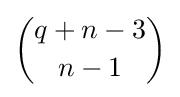
{q+n-3 \choose n-1}